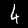
Digit: 4